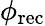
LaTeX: \phi_{\mathrm{{rec}}}